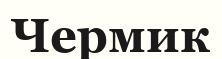
Чермик